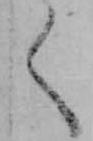
く